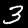
Label: 3